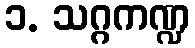
၁. သဂ္ဂကဏ္ဍ